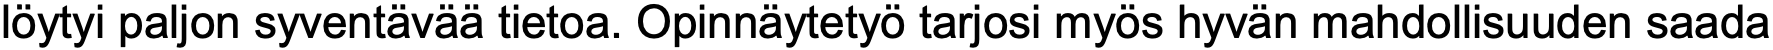
löytyi paljon syventävää tietoa. Opinnäytetyö tarjosi myös hyvän mahdollisuuden saada